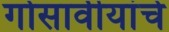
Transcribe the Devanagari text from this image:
गोसावीयांचे